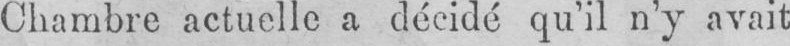
Chambre actuelle a décidé qu’il n’y avait